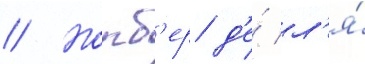
// Норб'ер д'е́ л'я́